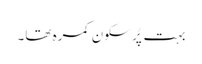
بہت پُر سکون کمرہ تھا۔